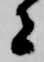
者